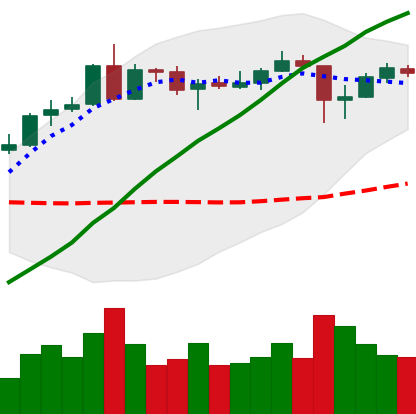
Ticker: ADA-USD
Chart end date: 2020-05-14
Forward return: 10.924%
Label: up_7plus